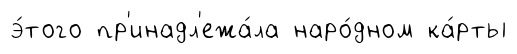
э́того пр'инадл'ежа́ла наро́дном ка́рты